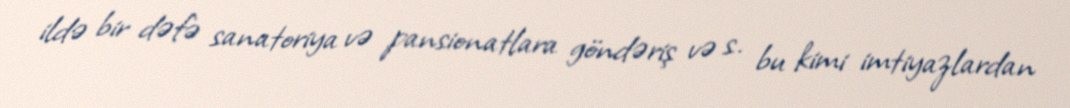
ildə bir dəfə sanatoriya və pansionatlara göndəriş və s. bu kimi imtiyazlardan